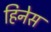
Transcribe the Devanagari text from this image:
हिनेस